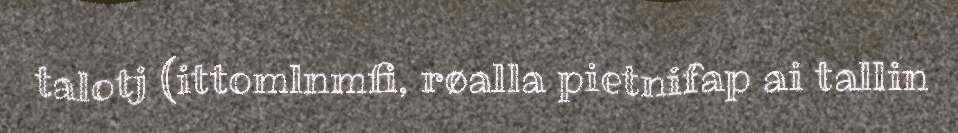
talotj (ittomlnmfi, røalla pietnifap ai tallin